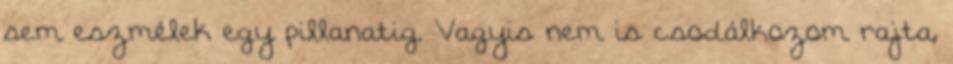
sem eszmélek egy pillanatig. Vagyis nem is csodálkozom rajta,